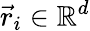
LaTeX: \vec{r}_{i}\in\mathbb{R}^{d}